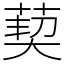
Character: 葜